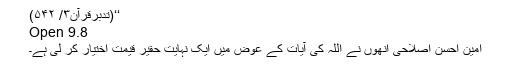
‘‘(تدبرقرآن۳/ ۵۴۲)
Open 9.8
امین احسن اصلاحی انھوں نے اللہ کی آیات کے عوض میں ایک نہایت حقیر قیمت اختیار کر لی ہے۔